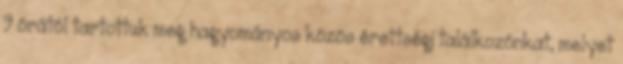
9 órától tartottuk meg hagyományos közös érettségi találkozónkat, melyet